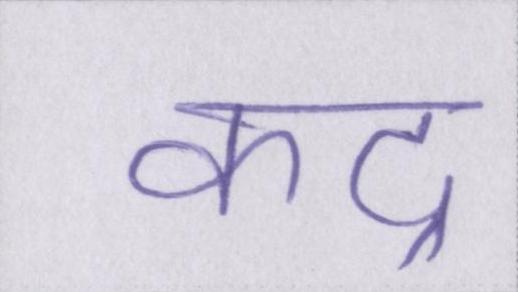
कद्र